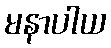
မနာပါယ